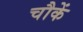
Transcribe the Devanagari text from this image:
चौकें